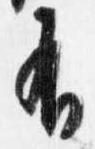
有